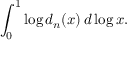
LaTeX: \int _ { 0 } ^ { 1 } \log d _ { n } ( x ) \, d \log x .